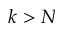
k > N